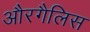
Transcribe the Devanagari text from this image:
औरगैलिस